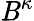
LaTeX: \mathit{B}^{\kappa}